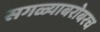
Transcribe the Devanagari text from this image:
सगळ्याबरोबरच